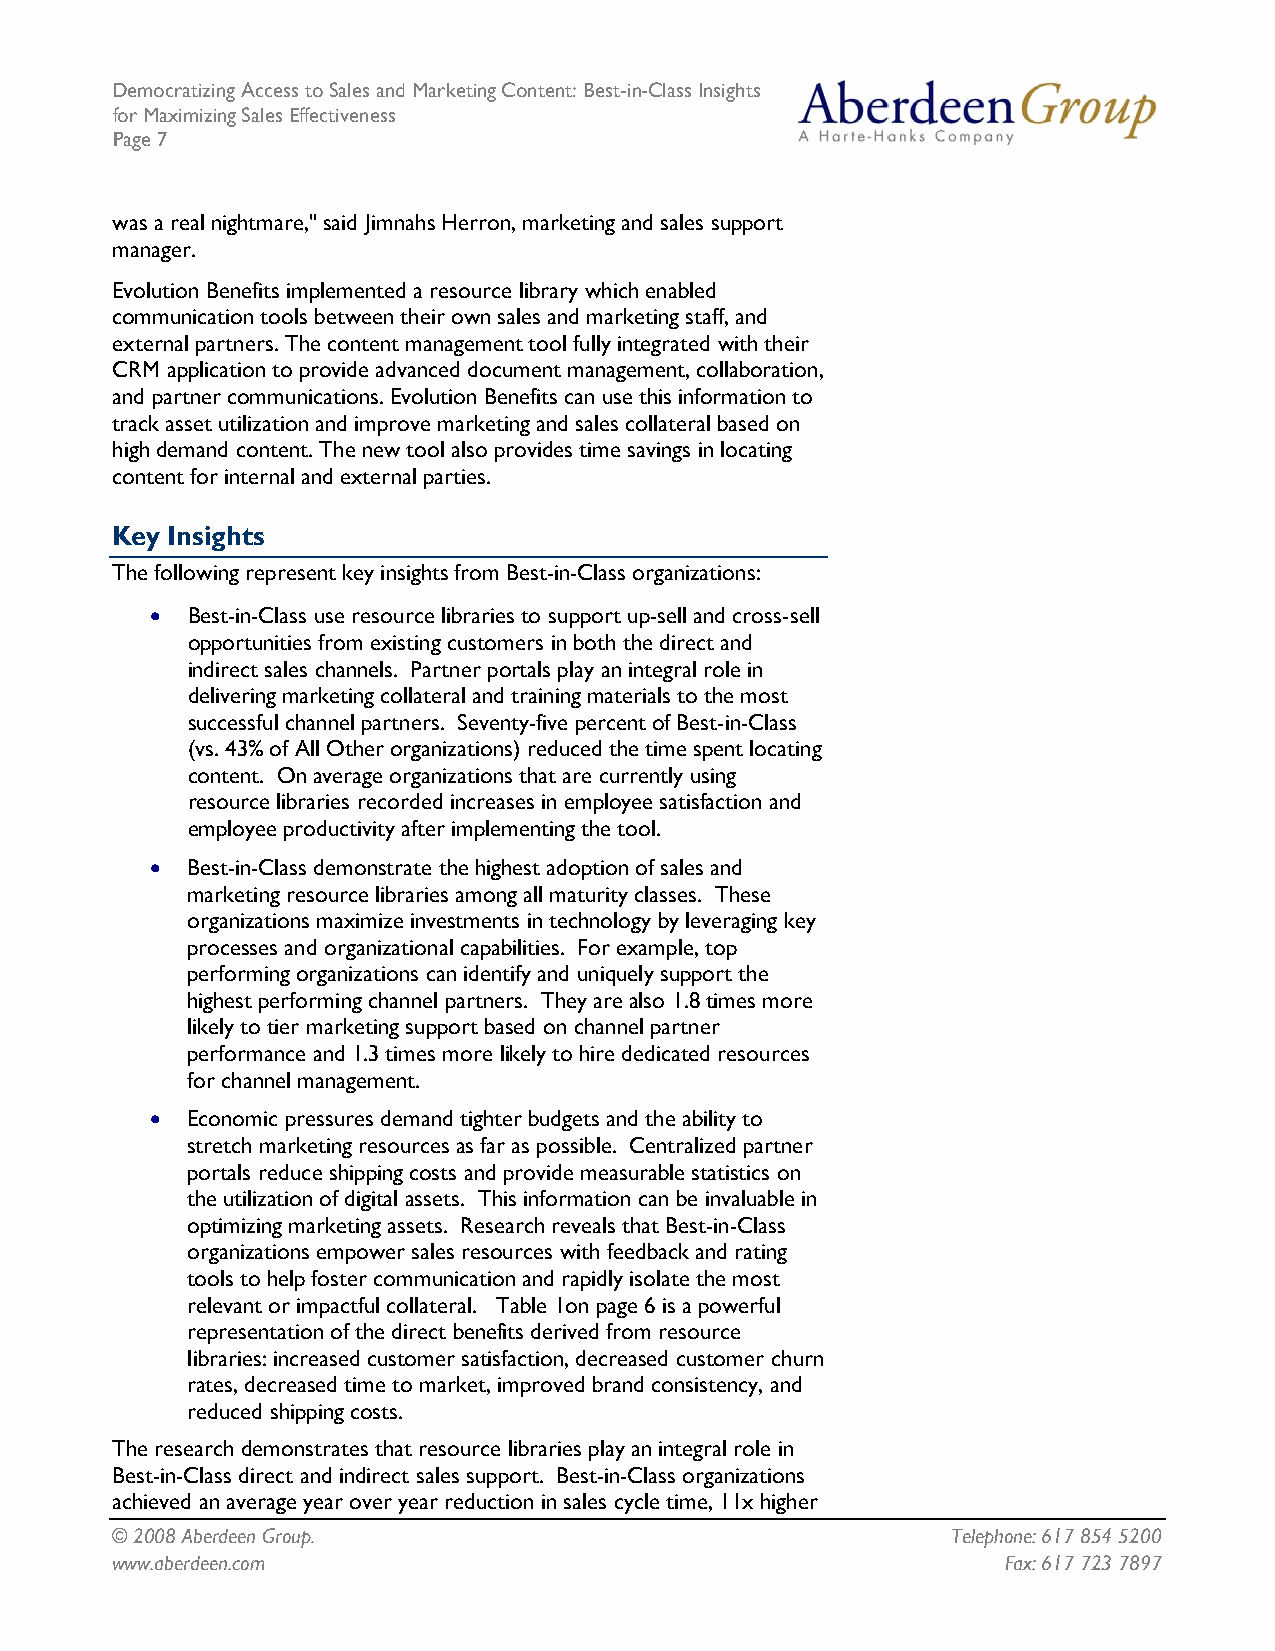
Democratizing Access to Sales and Marketing Content: Best-in-Class Insights
 for Maximizing Sales Effectiveness
 Page 7
 was a real nightmare," said Jimnahs Herron, marketing and sales support
 manager.
 Evolution Benefits implemented a resource library which enabled
 communication tools between their own sales and marketing staff, and
 external partners. The content management tool fully integrated with their
 CRM application to provide advanced document management, collaboration,
 and partner communications. Evolution Benefits can use this information to
 track asset utilization and improve marketing and sales collateral based on
 high demand content. The new tool also provides time savings in locating
 content for internal and external parties.
 Key Insights
 The following represent key insights from Best-in-Class organizations:
 • Best-in-Class use resource libraries to support up-sell and cross-sell
 opportunities from existing customers in both the direct and
 indirect sales channels. Partner portals play an integral role in
 delivering marketing collateral and training materials to the most
 successful channel partners. Seventy-five percent of Best-in-Class
 (vs. 43% of All Other organizations) reduced the time spent locating
 content. On average organizations that are currently using
 resource libraries recorded increases in employee satisfaction and
 employee productivity after implementing the tool.
 • Best-in-Class demonstrate the highest adoption of sales and
 marketing resource libraries among all maturity classes. These
 organizations maximize investments in technology by leveraging key
 processes and organizational capabilities. For example, top
 performing organizations can identify and uniquely support the
 highest performing channel partners. They are also 1.8 times more
 likely to tier marketing support based on channel partner
 performance and 1.3 times more likely to hire dedicated resources
 for channel management.
 • Economic pressures demand tighter budgets and the ability to
 stretch marketing resources as far as possible. Centralized partner
 portals reduce shipping costs and provide measurable statistics on
 the utilization of digital assets. This information can be invaluable in
 optimizing marketing assets. Research reveals that Best-in-Class
 organizations empower sales resources with feedback and rating
 tools to help foster communication and rapidly isolate the most
 relevant or impactful collateral. Table 1on page 6 is a powerful
 representation of the direct benefits derived from resource
 libraries: increased customer satisfaction, decreased customer churn
 rates, decreased time to market, improved brand consistency, and
 reduced shipping costs.
 The research demonstrates that resource libraries play an integral role in
 Best-in-Class direct and indirect sales support. Best-in-Class organizations
 achieved an average year over year reduction in sales cycle time, 11x higher
 © 2008 Aberdeen Group.                                  Telephone: 617 854 5200
 www.aberdeen.com                                            Fax: 617 723 7897